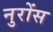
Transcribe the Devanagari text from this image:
नुरोंस